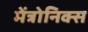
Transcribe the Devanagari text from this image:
मेंत्रोनिक्स